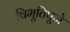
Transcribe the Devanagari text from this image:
विभूतिपूजे